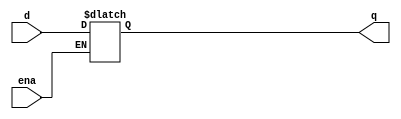
module top_module(
           input d,
           input ena,              
           output reg q   
           );
initial begin
	q = 'b0;
end

// assign q= ena?d:q;
always @(ena or d) begin
	if(ena)
		q=d;
end
endmodule